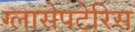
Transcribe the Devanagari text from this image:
ग्लासेपटेरिस